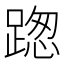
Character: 𨂴